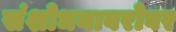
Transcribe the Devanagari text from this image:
संशोधनाबरोबर